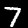
Digit: 7